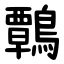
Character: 鷣